Resolution. No. 1369 Ex.
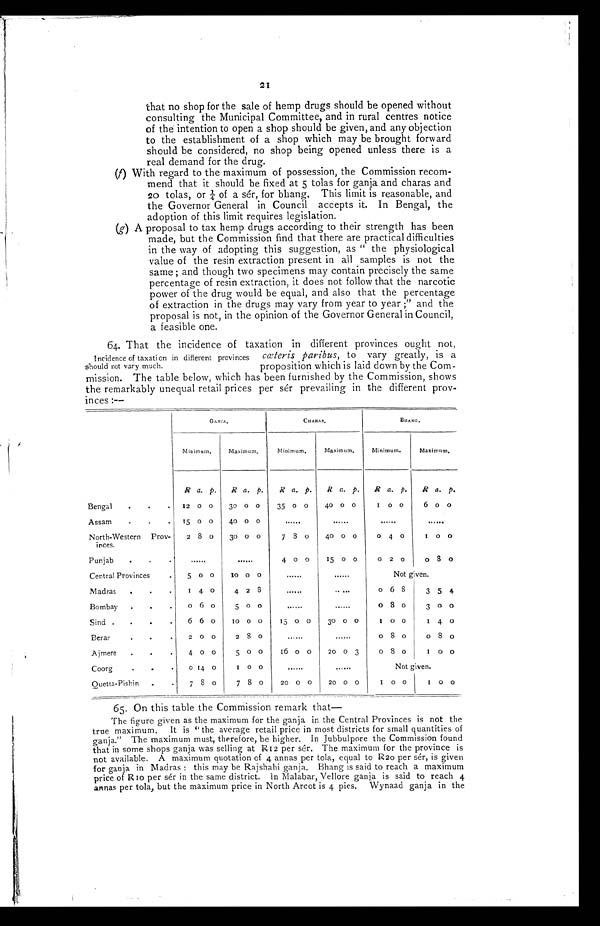
21
that no shop for the sale of hemp drugs should be opened without
consulting the Municipal Committee, and in rural centres notice
of the intention to open a shop should be given, and any objection
to the establishment of a shop which may be brought forward
should be considered, no shop being opened unless there is a
real demand for the drug.
(f) With regard to the maximum of possession, the Commission recom-
mend that it should be fixed at 5 tolas for ganja and charas and
20 tolas, or ¼ o f a s é r , f o r b h a n g . T h i s l i m i t i s r e a s o n a b l e , a n d
the Governor General in Council accepts it. In Bengal, the
adoption of this limit requires legislation.
(g) A proposal to tax hemp drugs according to their strength has been
made, but the Commission find that there are practical difficulties
in the way of adopting this suggestion, as " the physiological
value of the resin extraction present in all samples is not the
same; and though two specimens may contain precisely the same
percentage of resin extraction, it does not follow that the narcotic
power of the drug would be equal, and also that the percentage
of extraction in the drugs may vary from year to year;" and the
proposal is not, in the opinion of the Governor General in Council,
a feasible one.
64. That the incidence of taxation in different provinces ought not,
cœteris paribus, to vary greatly, is a
proposition which is laid down by the Corn-
mission. The table below, which has been furnished by the Commission, shows
the remarkably unequal retail prices per sér prevailing in the different prov-
inces:--
GANJA.
CHARAS.
BHANG.
Minimum.
Maximum.
Minimum.
Maximum.
Minimum.
Maximum.
R a. p.
R a. p.
R a. p.
R a. p.
R a. p.
R
a. p.
Bengal.
1 2 0 0
30 0 0
35 0 0
40 0 0
1
0 0
6 0 0
Assam.
15 0 0
40 0 0
North-Western
Prov-
inces.
2 8 0
30 0 0
7 8 0
40 0 0
0 4 0
1 0 0
Punjab
4 0 0
15 0 0
0
2
0
0 8 0
Central Provinces
5 0 0
10 0 0
Not given.
Madras
.
1 4 0
4 2 8
......
. .
.
0 6 8
3 5 4
Bombay.
0 6 0
5 0 0
......
... ...
0
8 0
3 0 0
Sind .
6 6 0
10 0 0
15 0 0
30 0 0
1 0 0
1
4 0
Berar.
Ajmere
..
.
2 0 0
4 0 0
2
8 0
5 0 0
16 0 0
20 0 3
0 8 0
0 8 0
0 8 0
1
0 0
Coorg
o 14 0
1 0 0
Not given.
Quetta-Pishin
.
7 8 0
7 8 0
20 0 0
20 0 0
1
0 0
1
0 0
65. On this table the Commission remark that
The figure given as the maximum for the ganja in the Central Provinces is not the
true maximum. It is "the average retail price in most districts for small quantities of
ganja. " The maximum must, therefore, be higher. In Jubbulpore the Commission found
that in some shops ganja was selling at R12 per sér. The maximum for the province is
not available. A maximum quotation of 4 annas per tola, equal to R20 per sér, is given
for ganja in Madras: this may be Rajshahi ganja. Bhang is said to reach a maximum
price of R10 per sér in the same district. in Malabar, Vellore ganja is said to reach 4
annas per tola, but the maximum price in North Arcot is 4 pies. Wynaad ganja in the
Incidence of taxation in different provinces
should not vary much.